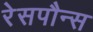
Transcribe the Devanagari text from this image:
रेसपौन्स